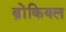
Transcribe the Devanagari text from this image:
ब्रोंकियल